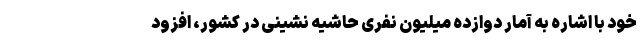
خود با اشاره به آمار دوازده میلیون نفری حاشیه نشینی در کشور، افزود